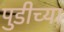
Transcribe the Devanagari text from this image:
पुडीच्या